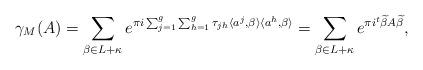
LaTeX: \begin{align*}\gamma_M(A)=\sum_{\beta\in L+\kappa}e^{\pi i\sum_{j=1}^g\sum_{h=1}^g\tau_{jh}\langle a^j,\beta\rangle\langle a^h,\beta\rangle}=\sum_{\beta\in L+\kappa}e^{\pi i {}^t\widetilde{\beta}A\widetilde{\beta}}, \end{align*}